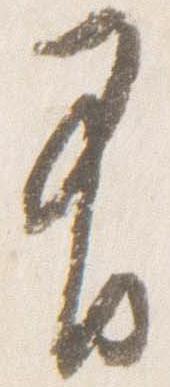
有